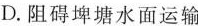
D.阻碍埤塘水面运输